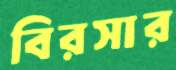
বিরসার